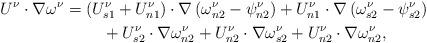
LaTeX: \begin{align*}U^{\nu}\cdot\nabla\omega^{\nu} & =\left( U_{s1}^{\nu}+U_{n1}^{\nu}\right)\cdot\nabla\left( \omega_{n2}^{\nu}-\psi_{n2}^{\nu}\right) +U_{n1}^{\nu}\cdot\nabla\left( \omega_{s2}^{\nu}-\psi_{s2}^{\nu}\right)\\& \ \ \ \ \ \ \ +U_{s2}^{\nu}\cdot\nabla\omega_{n2}^{\nu}+U_{n2}^{\nu}\cdot\nabla\omega_{s2}^{\nu}+U_{n2}^{\nu}\cdot\nabla\omega_{n2}^{\nu},\end{align*}